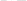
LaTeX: \smash{\widetilde{\mathbb{M}}}